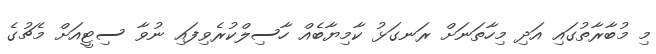
މި މުބާރާތުގައި އަދި މިހާތަނަށް ރަނގަޅު ކާމިޔާބެއް ހާސިލްކުރެވިފައި ނުވާ ސިޓީއަށް މެޗުގެ